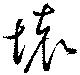
壊